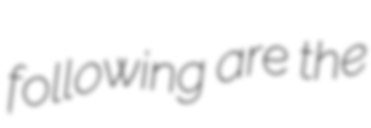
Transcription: following are the